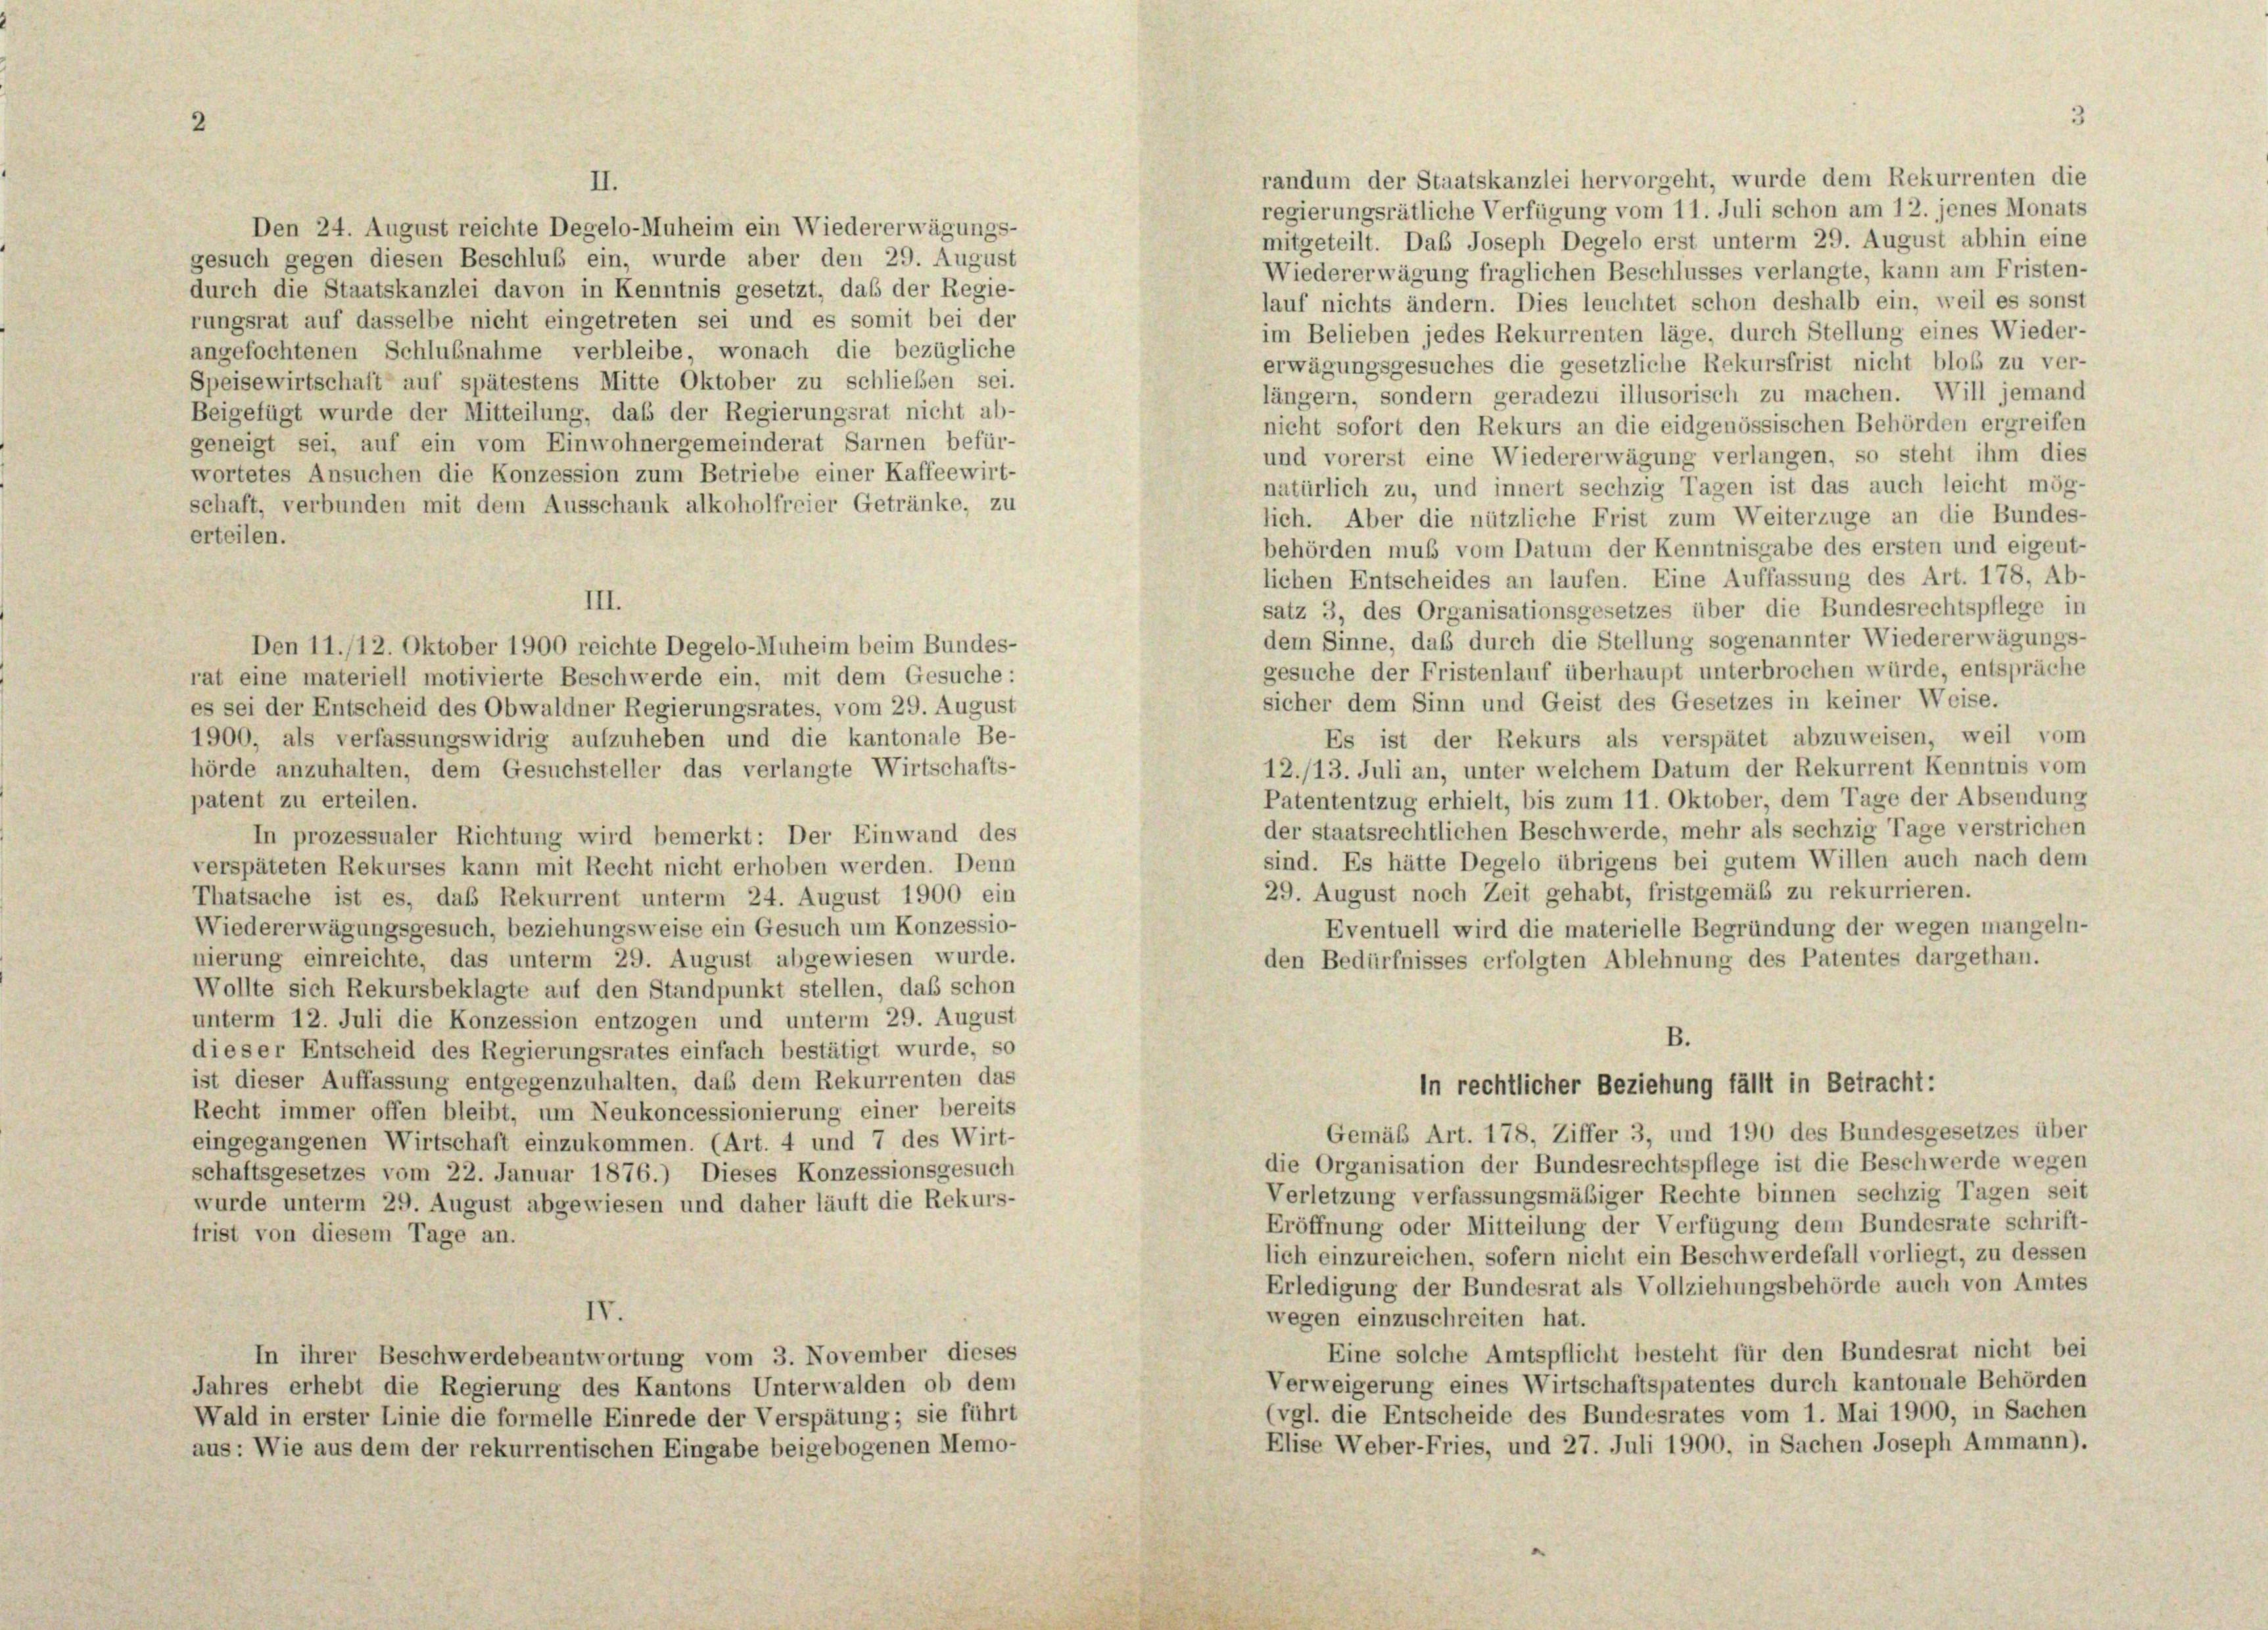
II.
durch die Staatskanzlei davon in Kenntnis gesetzt, das der Regie-
rungsrat auf dasselbe nicht eingetreten sei und es somit bei der
angefochtenen Schlußnahme verbleibe, wonach die bezügliche
Speisewirtschaft auf spätestens Mitte Oktober zu schließen sei.
Beigefügt wurde der Mitteilung, daß der Regierungsrat nicht ab-
geneigt sei, auf ein vom Einwohnergemeinderat Sarnen befür-
wortetes Ansuchen die Konzession zum Betriebe einer Kaffeewirt-
schaft, verbunden mit dem Ausschank alkoholfreier Getränke, zu
erteilen.
III.
Den 11./12. Oktober 1900 reichte Degelo-Muheim beim Bundes-
rat eine materiell motivierte Beschwerde ein, mit dem Gesuche:
es sei der Entscheid des Obwaldner Regierungsrates, vom 29. August
1900, als verfassungswidrig aufzuheben und die kantonale Be-
hörde anzuhalten, dem Gesuchsteller das verlangte Wirtschafts-
patent zu erteilen.
In prozessualer Richtung wird bemerkt: Der Einwand des
verspäteten Rekurses kann mit Recht nicht erhoben werden. Denn
Thatsache ist es, daß Rekurrent unterm 24. August 1900 ein
Wiedererwägungsgesuch, beziehungsweise ein Gesuch um Konzessio-
nierung einreichte, das unterm 29. August abgewiesen wurde.
den Bedürfnisses erfolgten Ablehnung des Patentes dargethan.
Wollte sich Rekursbeklagte auf den Standpunkt stellen, daß schon
unterm 12. Juli die Konzession entzogen und unterm 29. August
B.
dieser Entscheid des Regierungsrates einfach bestätigt wurde, so
ist dieser Auffassung entgegenzuhalten, daß dem Rekurrenten das
in rechtlicher Beziehung fällt in Betracht:
Recht immer offen bleibt, um Neukoncessionierung einer bereits
Gemäß Art. 178, Ziffer 3, und 190 des Bundesgesetzes über
eingegangenen Wirtschaft einzukommen. (Art. 4 und 7 des Wirt-
die Organisation der Bundesrechtspflege ist die Beschwerde wegen
schaftsgesetzes vom 22. Januar 1876.) Dieses Konzessionsgesuch
Verletzung verfassungsmäßiger Rechte binnen sechzig Tagen seit
wurde unterm 29. August abgewiesen und daher läuft die Rekurs-
Eröffnung oder Mitteilung der Verfügung dem Bundesrate schrift-
frist von diesem Tage an.
lich einzureichen, sofern nicht ein Beschwerdefall vorliegt, zu dessei
Erledigung der Bundesrat als Vollziehungsbehörde auch von Amtes
IV.
wegen einzuschreiten hat.
Eine solche Amtspflicht besteht für den Bundesrat nicht be
In ihrer Beschwerdebeantwortung vom 3. November dieses
Verweigerung eines Wirtschaftspatentes durch kantonale Behörden
Jahres erhebt die Regierung des Kantons Unterwalden ob dem
(vgl. die Entscheide des Bundesrates vom 1. Mai 1900, in Sachen
Wald in erster Linie die formelle Einrede der Verspätung; sie führt
Elise Weber-Fries, und 27. Juli 1900, in Sachen Joseph Ammann)
aus: Wie aus dem der rekurrentischen Eingabe beigebogenen Memo-

Den 24. August reichte Degelo-Muheim ein Wiedererwägungs-
gesuch gegen diesen Beschluß ein, wurde aber den 29. August

randum der Staatskanzlei hervorgeht, wurde dem Rekurrenten die
regierungsrätliche Verfügung vom 11. Juli schon am 12. jenes Monats
mitgeteilt. Das Joseph Degelo erst unterm 29. August abhin eine
Wiedererwägung fraglichen Beschlusses verlangte, kann am Fristen-
lauf nichts ändern. Dies leuchtet schon deshalb ein, weil es sonst
im Belieben jedes Rekurrenten läge, durch Stellung eines Wieder-
erwägungsgesuches die gesetzliche Rekursfrist nicht bloß zu ver-
längern, sondern geradezu illusorisch zu machen. Will jemand
nicht sofort den Rekurs an die eidgenössischen Behörden ergreifen
und vorerst eine Wiedererwägung verlangen, so steht ihm dies
natürlich zu, und innert sechzig Tagen ist das auch leicht mög-
lich. Aber die nützliche Frist zum Weiterzüge an die Bundes-
behörden muß vom Datum der Kenntnisgabe des ersten und eigent-
lichen Entscheides an laufen. Eine Auffassung des Art. 178, Ab-
satz 3, des Organisationsgesetzes über die Bundesrechtspflege in
dem Sinne, daß durch die Stellung sogenannter Wiedererwägungs-
gesuche der Fristenlauf überhaupt unterbrochen würde, entspräche
sicher dem Sinn und Geist des Gesetzes in keiner Weise.
Es ist der Rekurs als verspätet abzuweisen, weil vom
12./13. Juli an, unter welchem Datum der Rekurrent Kenntnis vom
Patententzug erhielt, bis zum 11. Oktober, dem Tage der Absendung
der staatsrechtlichen Beschwerde, mehr als sechzig Tage verstrichen
sind. Es hätte Degelo übrigens bei gutem Willen auch nach dem
29. August noch Zeit gehabt, fristgemäß zu rekurrieren.
Eventuell wird die materielle Begründung der wegen mangeln-

1
.